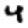
Digit: 4